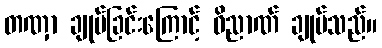
တဏှာ ချုပ်ခြင်းကြောင့် ဝိညာဏ် ချုပ်သည်။